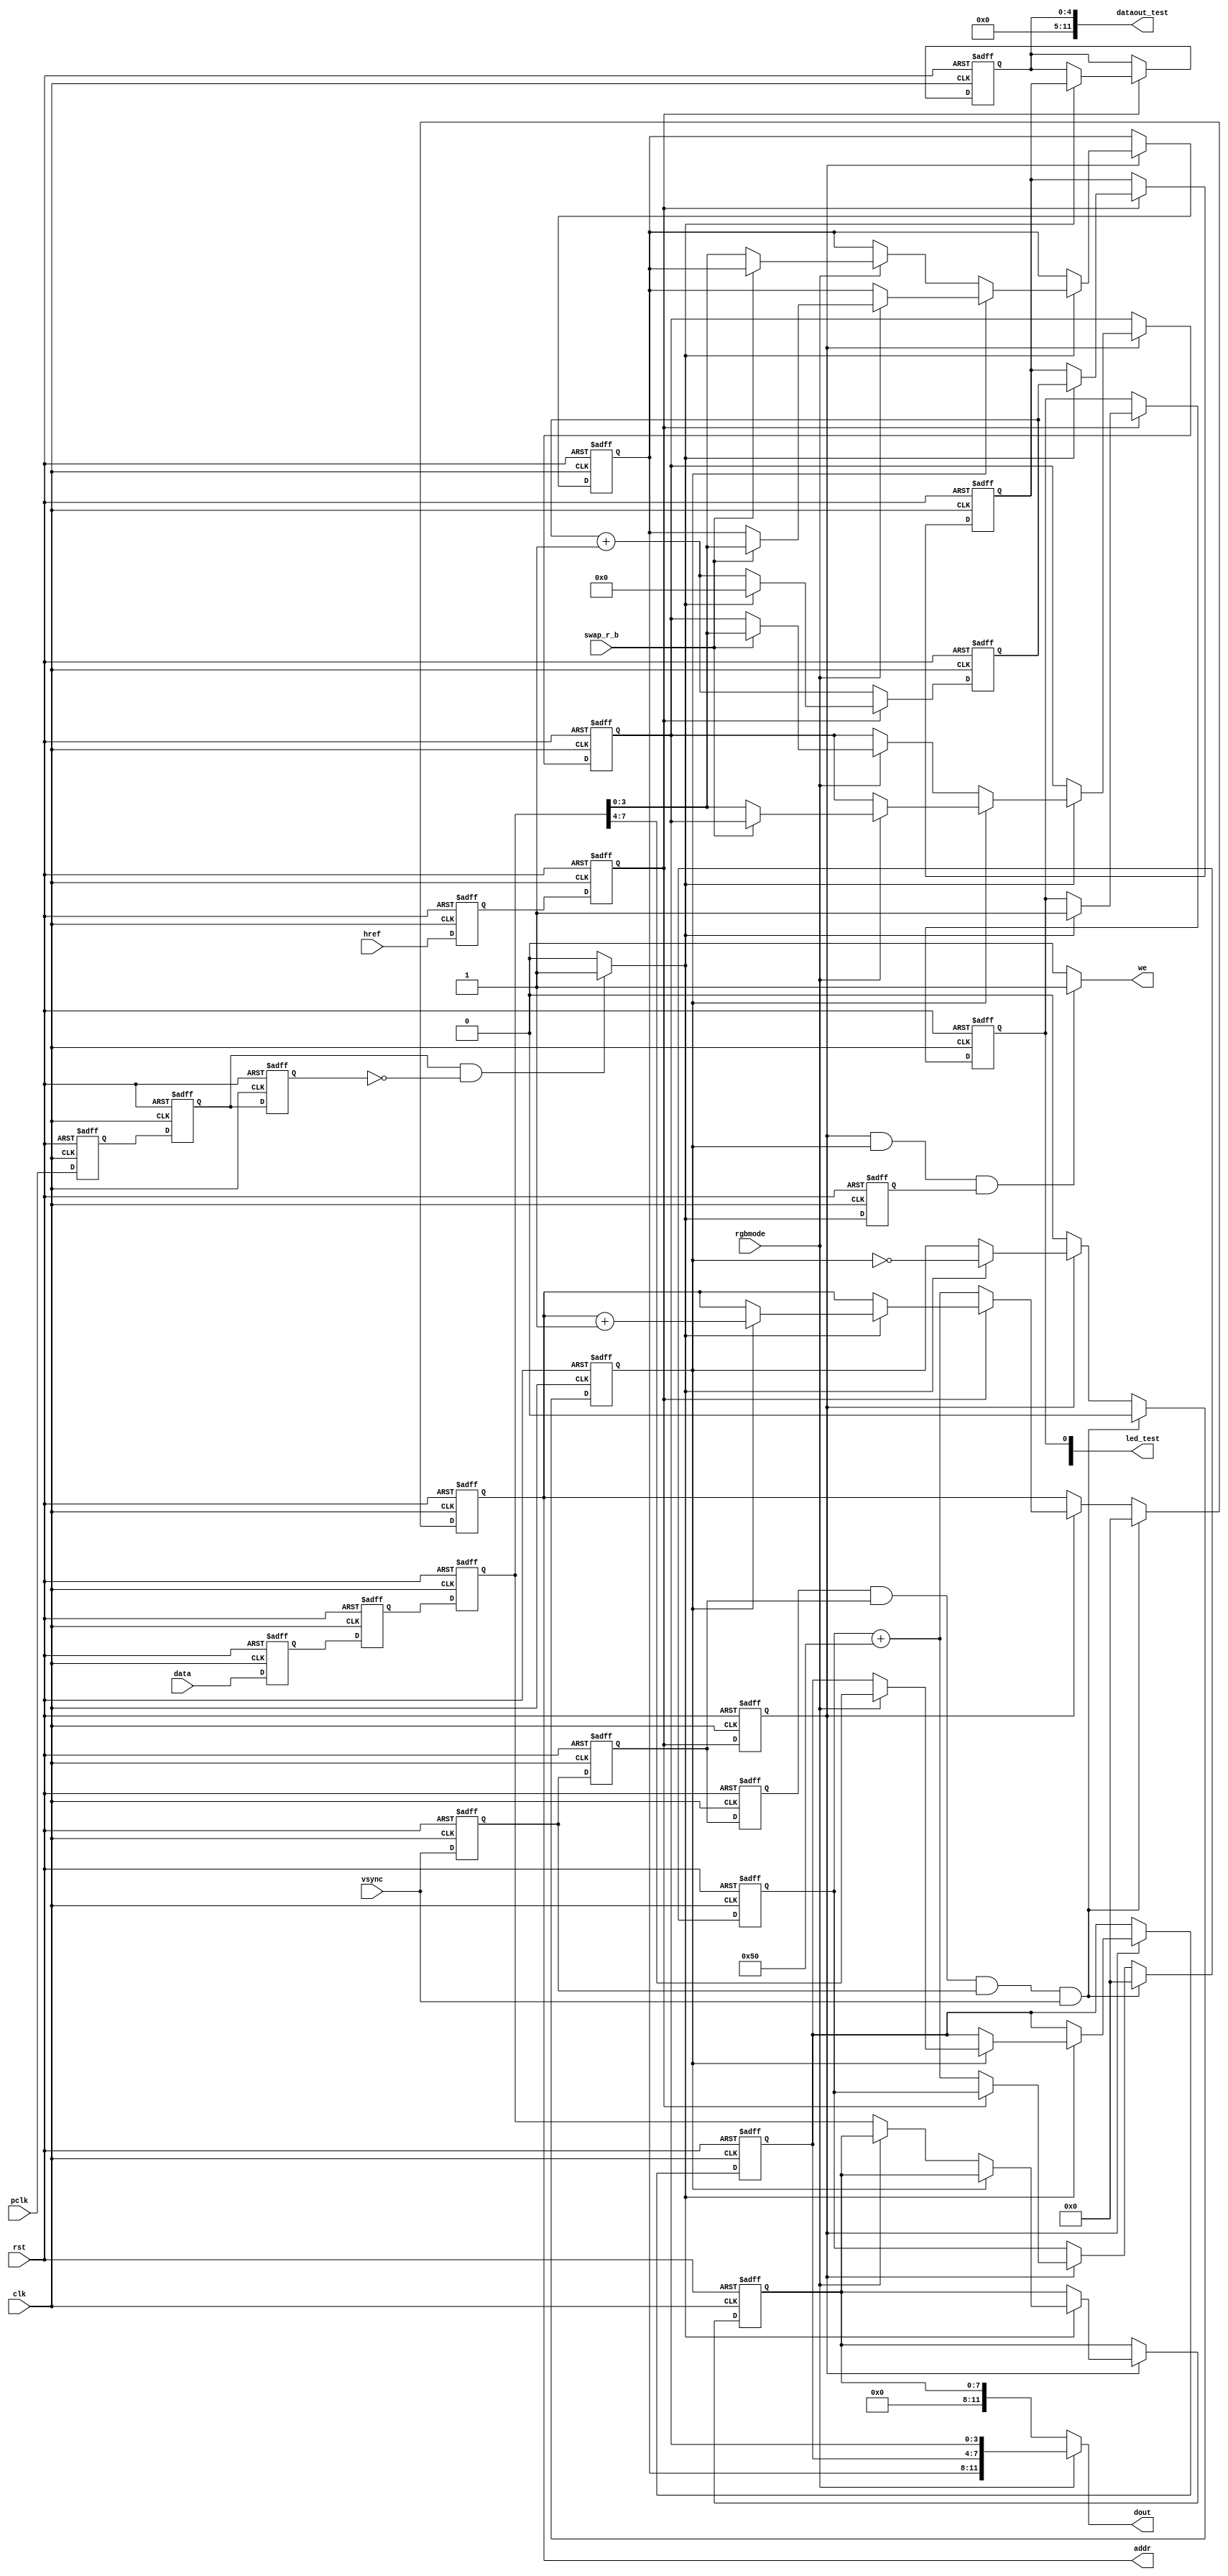
//------------------------------------------------------------------------------
//   Felipe Machado Sanchez
//   Area de Tecnologia Electronica
//   Universidad Rey Juan Carlos
//   https://github.com/felipe-m
//
//   ov7670_capture.v
//   
//-----------------------------------------------------------------------------

module ov7670_capture
  #(parameter
    // VGA
    //c_img_cols    = 640, // 10 bits
    //c_img_rows    = 480, //  9 bits
    //c_img_pxls    = c_img_cols * c_img_rows,
    //c_nb_line_pxls = 10, // log2i(c_img_cols-1) + 1;
    // c_nb_img_pxls = log2i(c_img_pxls-1) + 1
    //c_nb_img_pxls =  19,  //640*480=307,200 -> 2^19=524,288
    // QQVGA
    //c_img_cols    = 160, // 8 bits
    //c_img_rows    = 120, //  7 bits
    //c_img_pxls    = c_img_cols * c_img_rows,
    //c_nb_line_pxls = 8, // log2i(c_img_cols-1) + 1;
    //c_nb_img_pxls =  15,  //160*120=19.200 -> 2^15
    // QQVGA/2
    c_img_cols    = 80, // 7 bits
    c_img_rows    = 60, // 6 bits
    c_img_pxls    = c_img_cols * c_img_rows,
    c_nb_line_pxls = 7, // log2i(c_img_cols-1) + 1;
    c_nb_img_pxls =  13,  //80*60=4800 -> 2^13


    c_nb_buf_red   =  4,  // n bits for red in the buffer (memory)
    c_nb_buf_green =  4,  // n bits for green in the buffer (memory)
    c_nb_buf_blue  =  4,  // n bits for blue in the buffer (memory)
    // word width of the memory (buffer)
    c_nb_buf       =   c_nb_buf_red + c_nb_buf_green + c_nb_buf_blue
  )
  (
   input              rst,    // FPGA reset
   input              clk,    // FPGA clock
    // camera pclk (byte clock) (~40ns)  
    // 2 bytes is a pixel
    input             pclk,
    input             href,
    input             vsync,
    input             rgbmode,   // RGB444 or YUV422
    input             swap_r_b,  // swaps red with blue
    output     [11:0] dataout_test,
    output reg [3:0]  led_test,
    input      [7:0]  data,
    output     [c_nb_img_pxls-1:0] addr,
    output     [c_nb_buf-1:0]      dout,
    output            we
  );

  reg        pclk_rg1, pclk_rg2;  // registered pclk
  reg        href_rg1, href_rg2;  // registered href
  reg        vsync_rg1, vsync_rg2;// registered vsync
  reg [7:0]  data_rg1, data_rg2;  //registered data

  reg        pclk_rg3, href_rg3, vsync_rg3; //3rd
  reg [7:0]  data_rg3;     // registered data 3rd

  // it seems that vsync has some spurious 
  wire       vsync_3up;

  wire       pclk_fall;
  wire       pclk_rise_prev;
  wire       pclk_rise;
  reg        pclk_rise_post;

  reg        cnt_byte; // count to 2: 2 bytes per pixel
  reg [c_nb_img_pxls-1:0]  cnt_pxl;
  // number of pixels in the previous lines, not considering the actual line
  reg [c_nb_img_pxls-1:0]  cnt_pxl_base;
  reg [c_nb_line_pxls-1:0] cnt_line_pxl;
  reg [c_nb_line_pxls-1:0] cnt_line_totpxls;

   // there should be 4 clks in a pclk (byte), but just in case, make 
   // another bit to avoid overflow and go back in 0 before time
  reg [4:0]    cnt_clk;
  reg [4:0]    cnt_pclk_max;
  reg [4:0]    cnt_pclk_max_freeze;

  parameter    c_cnt_05seg_end = 50_000_000;

  reg  [7:0]   gray;
  reg  [c_nb_buf_red-1:0]   red;
  reg  [c_nb_buf_red-1:0]   green;
  reg  [c_nb_buf_red-1:0]   blue;
   
  // to test the number of
  always @ (posedge rst, posedge clk)
  begin
    if (rst) begin
      cnt_clk <= 0;
      cnt_pclk_max <= 0;
      cnt_pclk_max_freeze <= 0;
      led_test[0] <= 1'b0;
    end
    else begin
      if (href_rg2) begin
        if (pclk_rise) begin
          cnt_clk <= 0;
          led_test[0] <= 1'b1;
          cnt_pclk_max <= cnt_clk;
          cnt_pclk_max_freeze <= cnt_pclk_max;
        end
        else
          cnt_clk <= cnt_clk + 1;
      end
      else
        cnt_clk <= cnt_clk + 1;
    end
  end

  // register 3 times all the camera inputs to synchronize
  always @ (posedge rst, posedge clk)
  begin
    if (rst) begin
      pclk_rg1  <= 1'b0;
      pclk_rg2  <= 1'b0;
      href_rg1  <= 1'b0;
      href_rg2  <= 1'b0;
      vsync_rg1 <= 1'b0;
      vsync_rg2 <= 1'b0;
      data_rg1  <= 0;
      data_rg2  <= 0;
      // 3rd to detect falling edge
      pclk_rg3  <= 1'b0;
      href_rg3  <= 1'b0;
      vsync_rg3 <= 1'b0;
      data_rg3  <= 0;
      pclk_rise_post <= 1'b0;
    end
    else begin
      pclk_rg1  <= pclk;
      pclk_rg2  <= pclk_rg1;
      href_rg1  <= href;
      href_rg2  <= href_rg1;
      vsync_rg1 <= vsync;
      vsync_rg2 <= vsync_rg1;
      data_rg1  <= data;
      data_rg2  <= data_rg1;
      // 3rd
      pclk_rg3  <= pclk_rg2;
      href_rg3  <= href_rg2;
      vsync_rg3 <= vsync_rg2;
      data_rg3  <= data_rg2;
      pclk_rise_post <= pclk_rise;
    end
  end

  // since some times it is up up to 2 cycles, has to be '1' during
  // the 3 following cycles
  assign vsync_3up = vsync_rg3 && vsync_rg2 && vsync_rg1 && vsync;

  // FPGA clock is 10ns and pclk is 40ns
  //pclk_fall <= '1' when (pclk_rg2='0' and pclk_rg3='1') else '0';
  assign pclk_fall = ((pclk_rg2 == 1'b0) && pclk_rg3)? 1'b1 : 1'b0;
  assign pclk_rise_prev = (pclk_rg1 && (pclk_rg2 == 1'b0))? 1'b1 : 1'b0;
  assign pclk_rise = (pclk_rg2 && (pclk_rg3 == 1'b0))? 1'b1 : 1'b0;

  // each pixel has 2 bytes, each byte in each pclk
  // each pixel -> 2 pclk
  always @ (posedge rst, posedge clk)
  begin
    if (rst) begin
      cnt_pxl          <= 0;
      cnt_line_pxl     <= 0;
      cnt_pxl_base     <= 0;
      cnt_line_totpxls <= 0;
      cnt_byte         <= 1'b0;
    end
    else begin
      //if vsync_rg3 = '1' then // there are some glitches
      if (vsync_3up) begin // new screen
        cnt_pxl      <= 0;
        cnt_pxl_base <= 0;
        cnt_line_pxl <= 0;
        cnt_byte     <= 1'b0;
      end
      else if (href_rg3) begin // is zero at optical blank COM[6]
        if (pclk_rise) begin
          if (cnt_byte) begin
            cnt_pxl <= cnt_pxl + 1;
            cnt_line_pxl <= cnt_line_pxl + 1;
          end
          cnt_byte <= ~cnt_byte;
        end
        if (href_rg2 == 1'b0) begin // will be a falling edge
          cnt_line_totpxls <= cnt_line_pxl; // cnt_line_totpxls is to test
          // it is not reliable to count all the pixels of a line,
          // some lines have more other less
          cnt_pxl <= cnt_pxl_base + c_img_cols;
          cnt_pxl_base <= cnt_pxl_base + c_img_cols;
          cnt_line_pxl <= 0;
        end
      end
      else begin
        cnt_byte <= 1'b0;
        cnt_line_pxl <= 0;
      end
    end
  end

  //dataout_test <= "00" & std_logic_vector(cnt_line_totpxls); // 2 + 10 bits
  assign dataout_test = {7'b0000000, cnt_pclk_max_freeze}; // 7 + 5 bits

  always @ (posedge rst, posedge clk)
  begin
    if (rst) begin
      red   <= 0;
      green <= 0;
      blue  <= 0;
      gray  <= 0;
    end
    else begin
      if (href_rg3) begin  // visible
        //if (cnt_clk == 3'b001) begin // I think this is the safest
        if (pclk_rise == 1'b1) begin
          if (cnt_byte == 1'b0) begin
            if (rgbmode) begin
              if (swap_r_b == 1'b0)
                red <= data_rg3[3:0];
              else
                blue <= data_rg3[3:0];
            end
            else  // YUV (gray first byte)
              gray  <= data_rg3;
          end
          else begin
            if (rgbmode) begin
              green <= data_rg3[7:4];
              if (swap_r_b == 1'b0)
                blue <= data_rg3[3:0];
              else
                red <= data_rg3[3:0];
            end
            //else
               // do nothing, not getting U or V
          end
        end
      end
    end
  end

  //dout <= (red & green & blue) when unsigned(sw13_rgbmode) < 3 else gray;
  assign dout = (rgbmode) ? {red, green, blue} : {4'b000, gray};
  //dout <= std_logic_vector(cnt_pxl(7 downto 0));
  assign addr = cnt_pxl;

  assign we = (href_rg3 && cnt_byte && pclk_rise_post)? 1'b1 : 1'b0;

endmodule